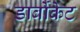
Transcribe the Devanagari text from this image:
डार्वोकेट